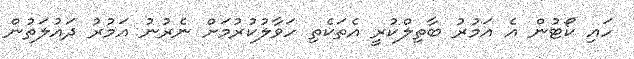
ހައި ކޯޓުން އެ އަމުރު ބާތިލްކުރީ އެތަކެތި ހަވާލުކުރުމަށް ނެރުނު އަމުރު ދައުލަތުން